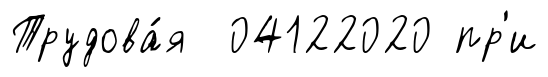
Трудова́я 04122020 пр'и